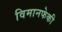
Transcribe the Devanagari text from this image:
विमानफेकी